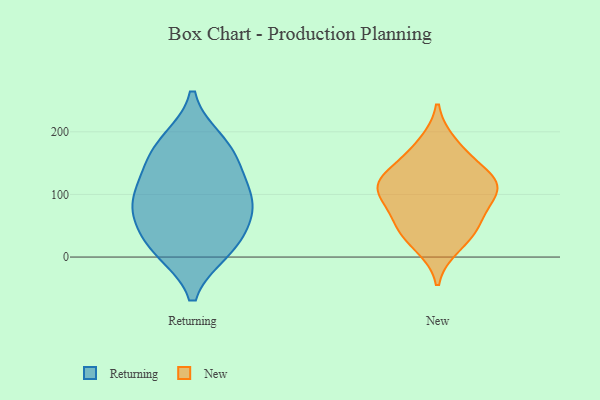
{"axis": {"x": "Demand Index", "y": "Value"}, "legend": ["New", "Returning"], "data": [{"x": "", "y": 56, "type": "Returning"}, {"x": "", "y": 88, "type": "Returning"}, {"x": "", "y": 94, "type": "Returning"}, {"x": "", "y": 185, "type": "Returning"}, {"x": "", "y": 150, "type": "Returning"}, {"x": "", "y": 25, "type": "Returning"}, {"x": "", "y": 74, "type": "Returning"}, {"x": "", "y": 179, "type": "Returning"}, {"x": "", "y": 141, "type": "Returning"}, {"x": "", "y": 97, "type": "Returning"}, {"x": "", "y": 10, "type": "Returning"}, {"x": "", "y": 10, "type": "Returning"}, {"x": "", "y": 181, "type": "New"}, {"x": "", "y": 48, "type": "New"}, {"x": "", "y": 18, "type": "New"}, {"x": "", "y": 159, "type": "New"}, {"x": "", "y": 118, "type": "New"}, {"x": "", "y": 116, "type": "New"}, {"x": "", "y": 126, "type": "New"}, {"x": "", "y": 100, "type": "New"}, {"x": "", "y": 118, "type": "New"}, {"x": "", "y": 60, "type": "New"}, {"x": "", "y": 93, "type": "New"}, {"x": "", "y": 41, "type": "New"}]}